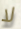
لا